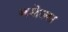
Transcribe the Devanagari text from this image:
मसेल्स